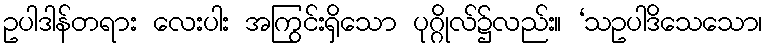
ဥပါဒါန်တရား လေးပါး အကြွင်းရှိသော ပုဂ္ဂိုလ်၌လည်း။ ‘သဥပါဒိသေသော၊